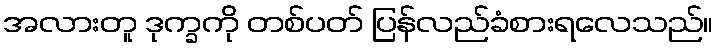
အလားတူ ဒုက္ခကို တစ်ပတ် ပြန်လည်ခံစားရလေသည်။